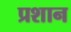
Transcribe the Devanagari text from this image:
प्रशान